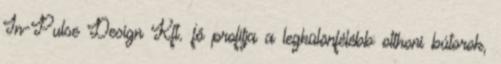
In-Pulse Design Kft. fő profilja a legkülönfélébb otthoni bútorok,